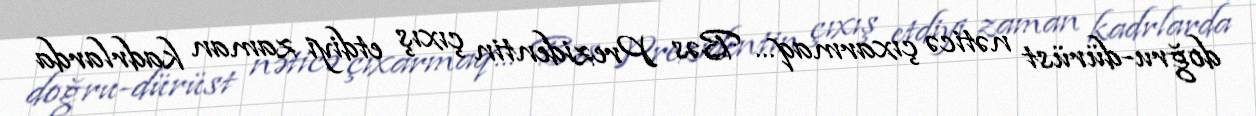
doğru-dürüst nəticə çıxarmaq... Bəs Prezidentin çıxış etdiyi zaman kadrlarda